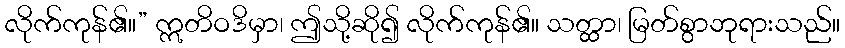
လိုက်ကုန်၏။” ဣတိဝဒိမှာ၊ ဤသို့ဆို၍ လိုက်ကုန်၏။ သတ္ထာ၊ မြတ်စွာဘုရားသည်။